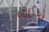
બાઈકો